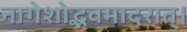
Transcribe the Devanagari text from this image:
नागेशोद्भवमादरात्‌।